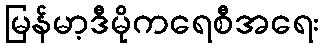
မြန်မာ့ဒီမိုကရေစီအရေး